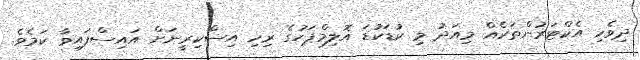
ދިވެހި އެކްޓަރުންތަކެއް މިއަދު މި ކުޑަކުޑަ އޮލިމްޕަހުގެ ރިހި އިސްކިރީނަށް އައިސްފައިވާ ކަމެވެ.